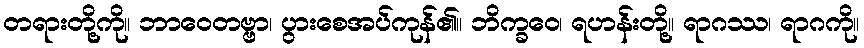
တရားတို့ကို။ ဘာဝေတဗ္ဗာ၊ ပွားစေအပ်ကုန်၏။ ဘိက္ခဝေ၊ ရဟန်းတို့။ ရာဂဿ၊ ရာဂကို။